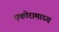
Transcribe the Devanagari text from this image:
एकोरामाध्य